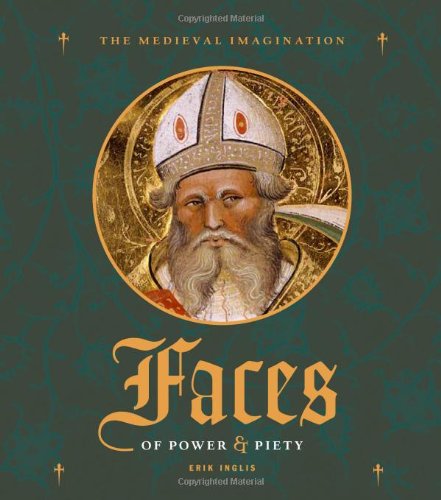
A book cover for Faces of Power and Piety (Medieval Imagination); Erik Inglis; Arts & Photography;